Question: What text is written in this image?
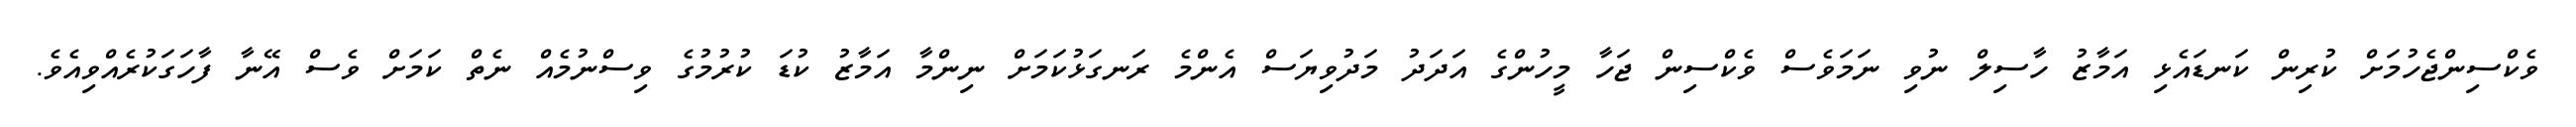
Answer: ވެކްސިންޖެހުމަށް ކުރިން ކަނޑައެޅި އަމާޒު ހާސިލް ނުވި ނަމަވެސް ވެކްސިން ޖަހާ މީހުންގެ އަދަދު މަދުވިޔަސް އެންމެ ރަނގަޅުކަމަށް ނިންމާ އަމާޒު ކުޑަ ކުރުމުގެ ވިސްނުމެއް ނެތް ކަމަށް ވެސް އޭނާ ފާހަގަކުރެއްވިއެވެ.